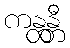
ကန္တန္တီ